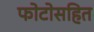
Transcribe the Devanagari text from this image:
फोटोसहित